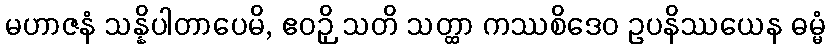
မဟာဇနံ သန္နိပါတာပေမိ, ဧဝဉှိ သတိ သတ္ထာ ကဿစိဒေဝ ဥပနိဿယေန ဓမ္မံ